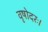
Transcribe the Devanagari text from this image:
वृषोदरः।